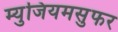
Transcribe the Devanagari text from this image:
म्युजियमसुफर